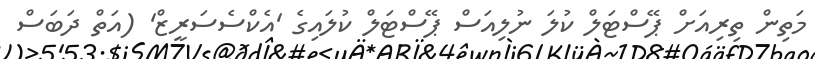
މަތިން ތިރިއަށް ޕޭސްޓަލް ކުލަ ނުލިއަސް ޕޭސްޓަލް ކުލައިގެ 'އެކްސެސަރީޒް' (އަތް ދަބަސް